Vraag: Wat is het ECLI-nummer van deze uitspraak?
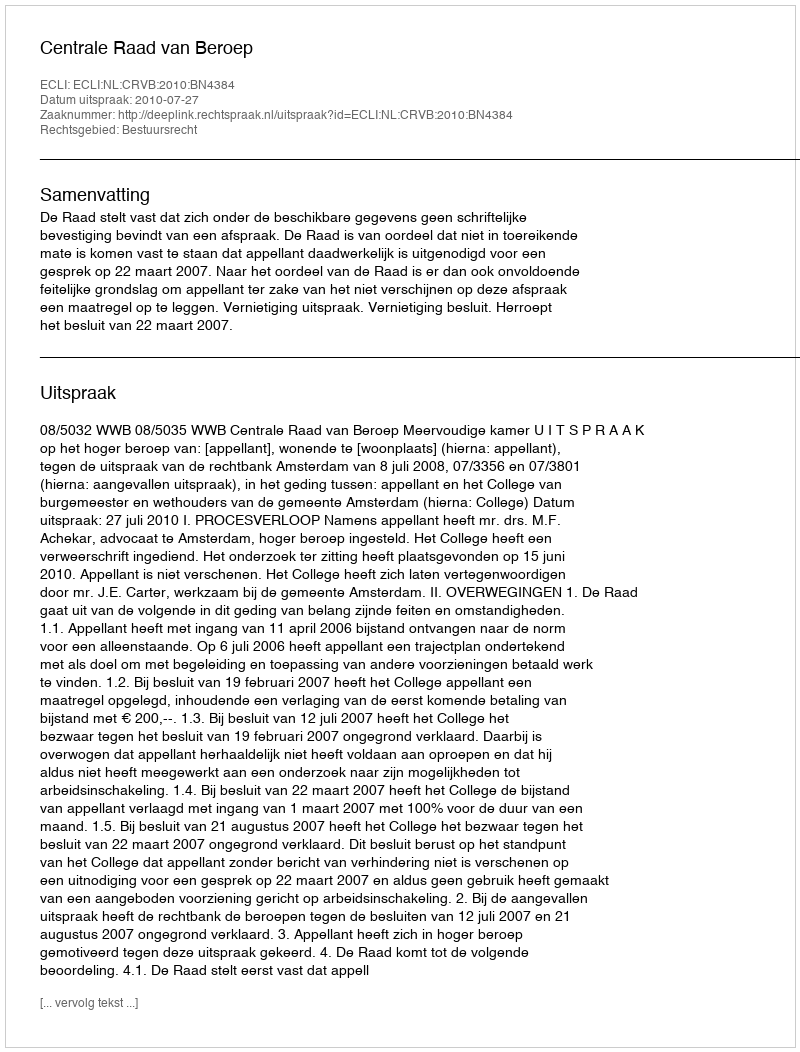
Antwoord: ECLI:NL:CRVB:2010:BN4384